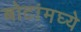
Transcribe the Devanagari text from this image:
बोटांमघ्ये